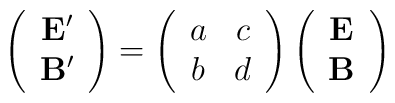
\left(\begin{array}{c}{\mathbf{E}'}\\ \mathbf{B}'\end{array}\right)=\left(\begin{array}{cc}a&c\\b&d\end{array}\right)\left(\begin{array}{c}\mathbf{E}\\\mathbf{B}\end{array}\right)